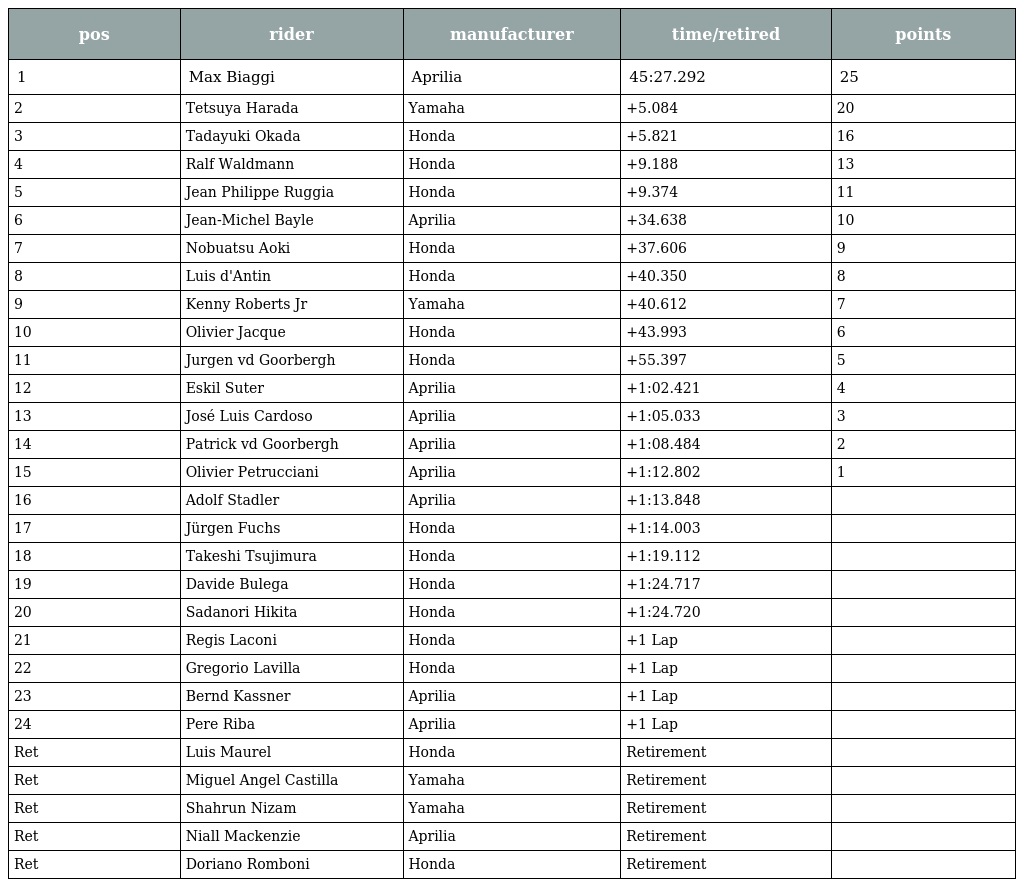
| pos | rider | manufacturer | time/retired | points |
 | --- | --- | --- | --- | --- |
 | 1 | Max Biaggi | Aprilia | 45:27.292 | 25 |
 | 2 | Tetsuya Harada | Yamaha | +5.084 | 20 |
 | 3 | Tadayuki Okada | Honda | +5.821 | 16 |
 | 4 | Ralf Waldmann | Honda | +9.188 | 13 |
 | 5 | Jean Philippe Ruggia | Honda | +9.374 | 11 |
 | 6 | Jean-Michel Bayle | Aprilia | +34.638 | 10 |
 | 7 | Nobuatsu Aoki | Honda | +37.606 | 9 |
 | 8 | Luis d'Antin | Honda | +40.350 | 8 |
 | 9 | Kenny Roberts Jr | Yamaha | +40.612 | 7 |
 | 10 | Olivier Jacque | Honda | +43.993 | 6 |
 | 11 | Jurgen vd Goorbergh | Honda | +55.397 | 5 |
 | 12 | Eskil Suter | Aprilia | +1:02.421 | 4 |
 | 13 | José Luis Cardoso | Aprilia | +1:05.033 | 3 |
 | 14 | Patrick vd Goorbergh | Aprilia | +1:08.484 | 2 |
 | 15 | Olivier Petrucciani | Aprilia | +1:12.802 | 1 |
 | 16 | Adolf Stadler | Aprilia | +1:13.848 |  |
 | 17 | Jürgen Fuchs | Honda | +1:14.003 |  |
 | 18 | Takeshi Tsujimura | Honda | +1:19.112 |  |
 | 19 | Davide Bulega | Honda | +1:24.717 |  |
 | 20 | Sadanori Hikita | Honda | +1:24.720 |  |
 | 21 | Regis Laconi | Honda | +1 Lap |  |
 | 22 | Gregorio Lavilla | Honda | +1 Lap |  |
 | 23 | Bernd Kassner | Aprilia | +1 Lap |  |
 | 24 | Pere Riba | Aprilia | +1 Lap |  |
 | Ret | Luis Maurel | Honda | Retirement |  |
 | Ret | Miguel Angel Castilla | Yamaha | Retirement |  |
 | Ret | Shahrun Nizam | Yamaha | Retirement |  |
 | Ret | Niall Mackenzie | Aprilia | Retirement |  |
 | Ret | Doriano Romboni | Honda | Retirement |  |